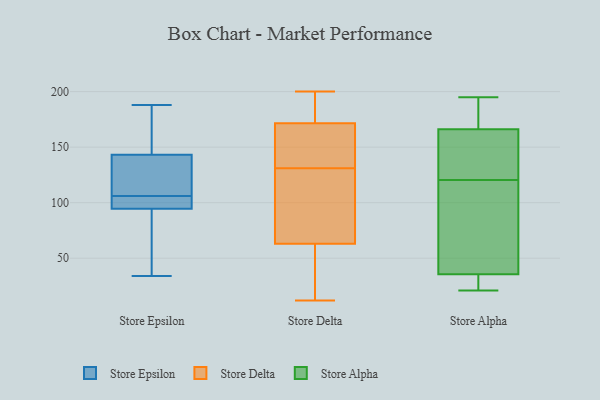
{"axis": {"x": "LTV (USD)", "y": "Value"}, "legend": ["Store Alpha", "Store Delta", "Store Epsilon"], "data": [{"x": "", "y": 98, "type": "Store Epsilon"}, {"x": "", "y": 131, "type": "Store Epsilon"}, {"x": "", "y": 71, "type": "Store Epsilon"}, {"x": "", "y": 100, "type": "Store Epsilon"}, {"x": "", "y": 102, "type": "Store Epsilon"}, {"x": "", "y": 136, "type": "Store Epsilon"}, {"x": "", "y": 153, "type": "Store Epsilon"}, {"x": "", "y": 34, "type": "Store Epsilon"}, {"x": "", "y": 144, "type": "Store Epsilon"}, {"x": "", "y": 84, "type": "Store Epsilon"}, {"x": "", "y": 101, "type": "Store Epsilon"}, {"x": "", "y": 43, "type": "Store Epsilon"}, {"x": "", "y": 143, "type": "Store Epsilon"}, {"x": "", "y": 106, "type": "Store Epsilon"}, {"x": "", "y": 112, "type": "Store Epsilon"}, {"x": "", "y": 165, "type": "Store Epsilon"}, {"x": "", "y": 188, "type": "Store Epsilon"}, {"x": "", "y": 167, "type": "Store Delta"}, {"x": "", "y": 100, "type": "Store Delta"}, {"x": "", "y": 76, "type": "Store Delta"}, {"x": "", "y": 29, "type": "Store Delta"}, {"x": "", "y": 182, "type": "Store Delta"}, {"x": "", "y": 122, "type": "Store Delta"}, {"x": "", "y": 170, "type": "Store Delta"}, {"x": "", "y": 130, "type": "Store Delta"}, {"x": "", "y": 34, "type": "Store Delta"}, {"x": "", "y": 200, "type": "Store Delta"}, {"x": "", "y": 23, "type": "Store Delta"}, {"x": "", "y": 12, "type": "Store Delta"}, {"x": "", "y": 173, "type": "Store Delta"}, {"x": "", "y": 140, "type": "Store Delta"}, {"x": "", "y": 184, "type": "Store Delta"}, {"x": "", "y": 132, "type": "Store Delta"}, {"x": "", "y": 106, "type": "Store Delta"}, {"x": "", "y": 50, "type": "Store Delta"}, {"x": "", "y": 168, "type": "Store Delta"}, {"x": "", "y": 176, "type": "Store Delta"}, {"x": "", "y": 25, "type": "Store Alpha"}, {"x": "", "y": 99, "type": "Store Alpha"}, {"x": "", "y": 183, "type": "Store Alpha"}, {"x": "", "y": 159, "type": "Store Alpha"}, {"x": "", "y": 44, "type": "Store Alpha"}, {"x": "", "y": 115, "type": "Store Alpha"}, {"x": "", "y": 27, "type": "Store Alpha"}, {"x": "", "y": 21, "type": "Store Alpha"}, {"x": "", "y": 126, "type": "Store Alpha"}, {"x": "", "y": 26, "type": "Store Alpha"}, {"x": "", "y": 26, "type": "Store Alpha"}, {"x": "", "y": 115, "type": "Store Alpha"}, {"x": "", "y": 181, "type": "Store Alpha"}, {"x": "", "y": 173, "type": "Store Alpha"}, {"x": "", "y": 108, "type": "Store Alpha"}, {"x": "", "y": 195, "type": "Store Alpha"}, {"x": "", "y": 126, "type": "Store Alpha"}, {"x": "", "y": 163, "type": "Store Alpha"}, {"x": "", "y": 155, "type": "Store Alpha"}, {"x": "", "y": 169, "type": "Store Alpha"}]}